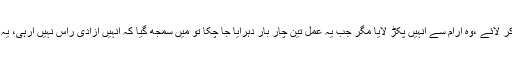
میں نے ایک لڑکے سے کہا کہ وہ انہیں پکڑ کر لائے ،وہ آرام سے انہیں پکڑ لایا مگر جب یہ عمل تین چار بار دہرایا جا چکا تو میں سمجھ گیا کہ انہیں آزادی راس نہیں آرہی، یہ واپس اپنے آقا کی غلامی میں جانا چاہتے ہیں۔